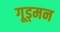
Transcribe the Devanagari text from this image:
गूड्मन